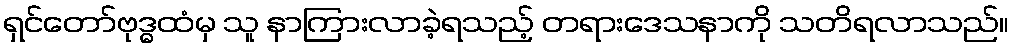
ရှင်တော်ဗုဒ္ဓထံမှ သူ နာကြားလာခဲ့ရသည့် တရားဒေသနာကို သတိရလာသည်။